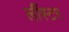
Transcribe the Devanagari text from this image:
लींस्टर